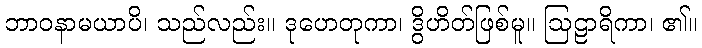
ဘာဝနာမယာပိ၊ သည်လည်း။ ဒုဟေတုကာ၊ ဒွိဟိတ်ဖြစ်မူ။ ဩဠာရိကာ၊ ၏။